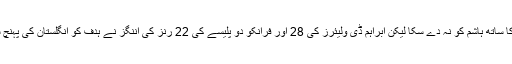
بعد ازاں گو کہ کوئی بلے باز اسمتھ کی طرح کا ساتھ ہاشم کو نہ دے سکا لیکن ابراہم ڈی ولیئرز کی 28 اور فرانکو دو پلیسے کی 22 رنز کی اننگز نے ہدف کو انگلستان کی پہنچ سے دور لے جانے میں ان کی ضرور مدد کی۔